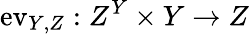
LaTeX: \mathrm{ev}_{Y,Z}:Z^{Y}\times Y\to Z